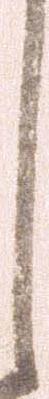
し